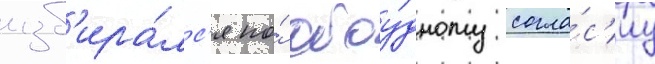
изб'ира́лс'я по́ обоу́дному согла́с'иу